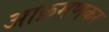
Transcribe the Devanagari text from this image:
आक्रमणकर